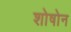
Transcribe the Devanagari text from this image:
शोषोन